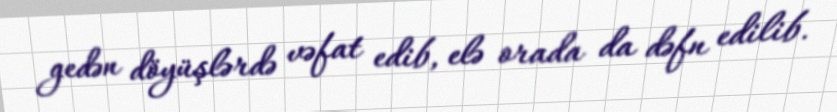
gedən döyüşlərdə vəfat edib, elə orada da dəfn edilib.